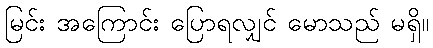
မြင်း အကြောင်း ပြောရလျှင် မောသည် မရှိ။